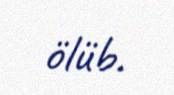
ölüb.